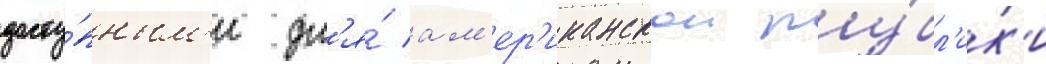
досту́пным'и дл'я́ ам'ер'иканскои пу́бл'ик'и